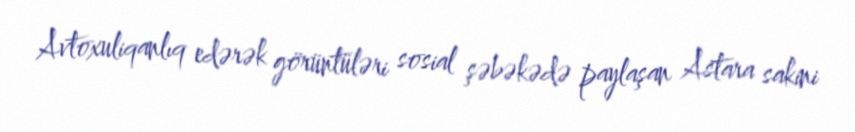
Avtoxuliqanlıq edərək görüntüləri sosial şəbəkədə paylaşan Astara sakini